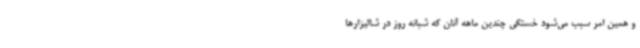
و همین امر سبب می‌شود خستگی چندین ماهه آنان که شبانه روز در شالیزارها